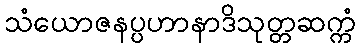
သံယောဇနပ္ပဟာနာဒိသုတ္တဆက္ကံ